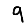
Digit: 9